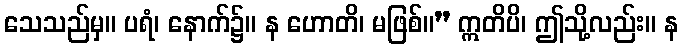
သေသည်မှ။ ပရံ၊ နောက်၌။ န ဟောတိ၊ မဖြစ်။” ဣတိပိ၊ ဤသို့လည်း။ န